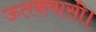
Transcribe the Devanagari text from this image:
ऊतकवासी।